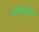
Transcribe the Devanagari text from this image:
सगराचा